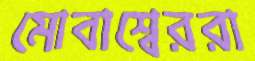
মোবাশ্বেররা